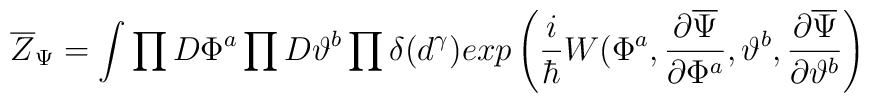
\overline{Z}_\Psi = \int\prod D\Phi^a \prod D\vartheta^b\prod \delta(d^\gamma)exp\left( {i\over\hbar}W(\Phi^a,{\partial\overline\Psi\over \partial \Phi^a}, \vartheta^b,{\partial\overline\Psi\over \partial \vartheta^b}\right)